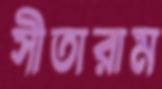
সীতারাম